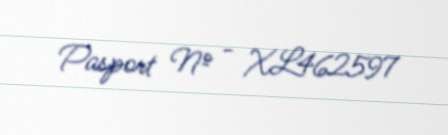
Pasport № - XL462597